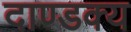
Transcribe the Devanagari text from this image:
दाण्डक्य